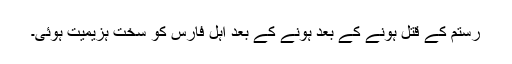
رستم کے قتل ہونے کے بعد ہونے کے بعد اہل فارس کو سخت ہزیمیت ہوئی۔